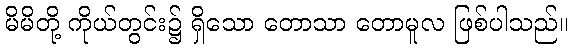
မိမိတို့ ကိုယ်တွင်း၌ ရှိသော တောသာ တောမူလ ဖြစ်ပါသည်။